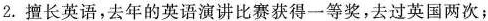
2. 擅长英语，去年的英语演讲比赛获得一等奖，去过英国两次；